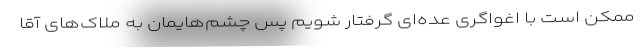
ممکن است با اغواگری عده‌ای گرفتار شویم پس چشم‌هایمان به ملاک‌های آقا